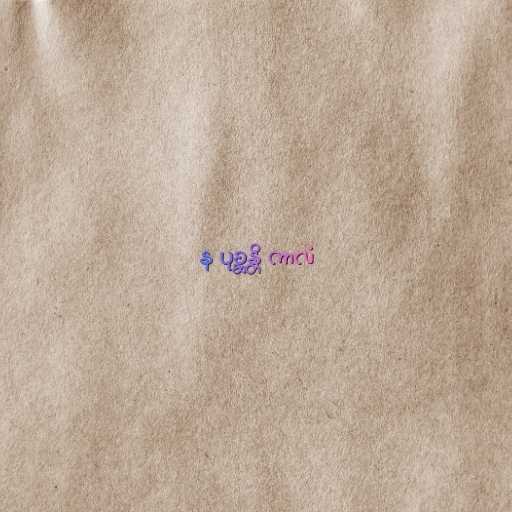
န ပုစ္ဆန္တိ ကာလံ